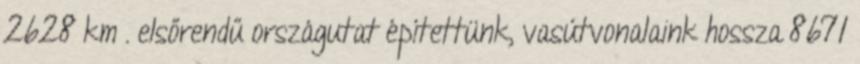
2628 km . elsőrendű országutat építettünk, vasútvonalaink hossza 8671